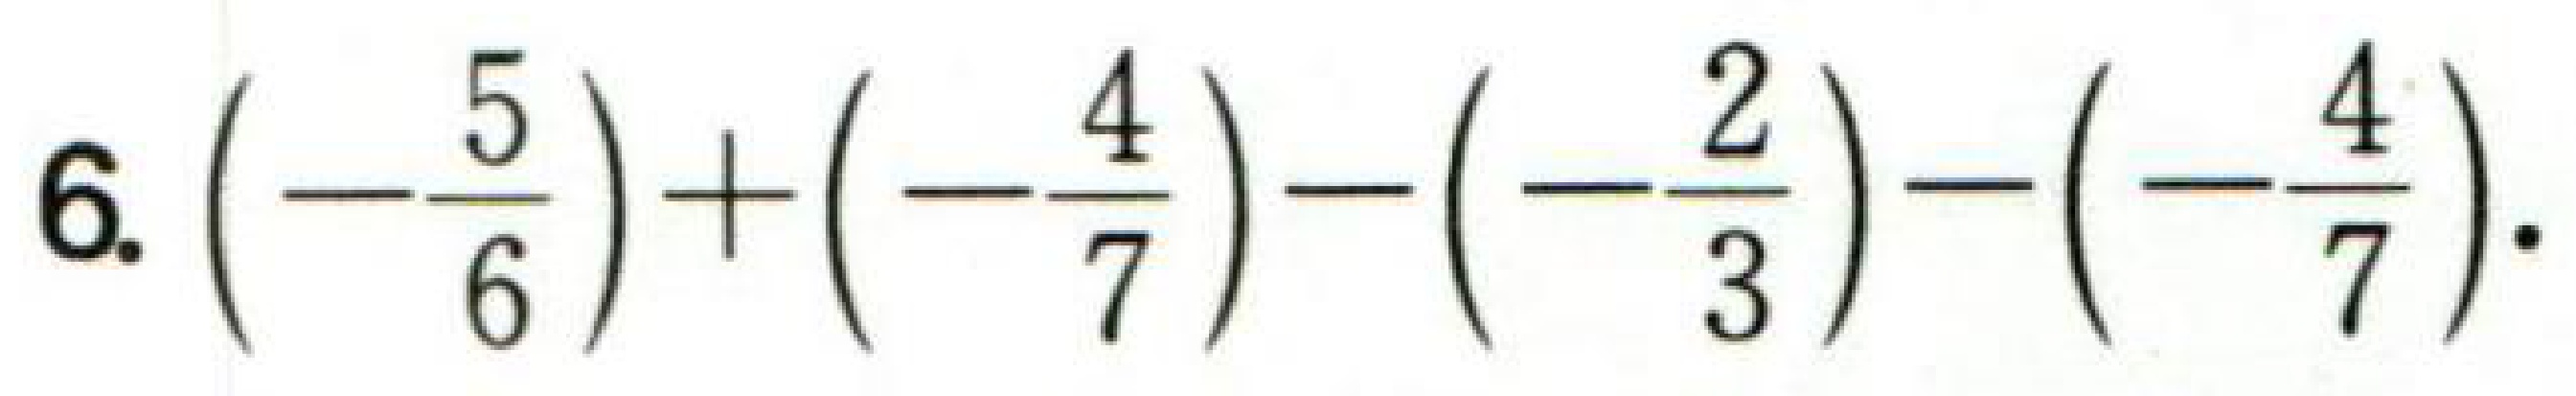
6. \(\left(-\dfrac{5}{6}\right)+\left(-\dfrac{4}{7}\right)-\left(-\dfrac{2}{3}\right)-\left(-\dfrac{4}{7}\right)\).